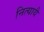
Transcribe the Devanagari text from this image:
नित्यायै